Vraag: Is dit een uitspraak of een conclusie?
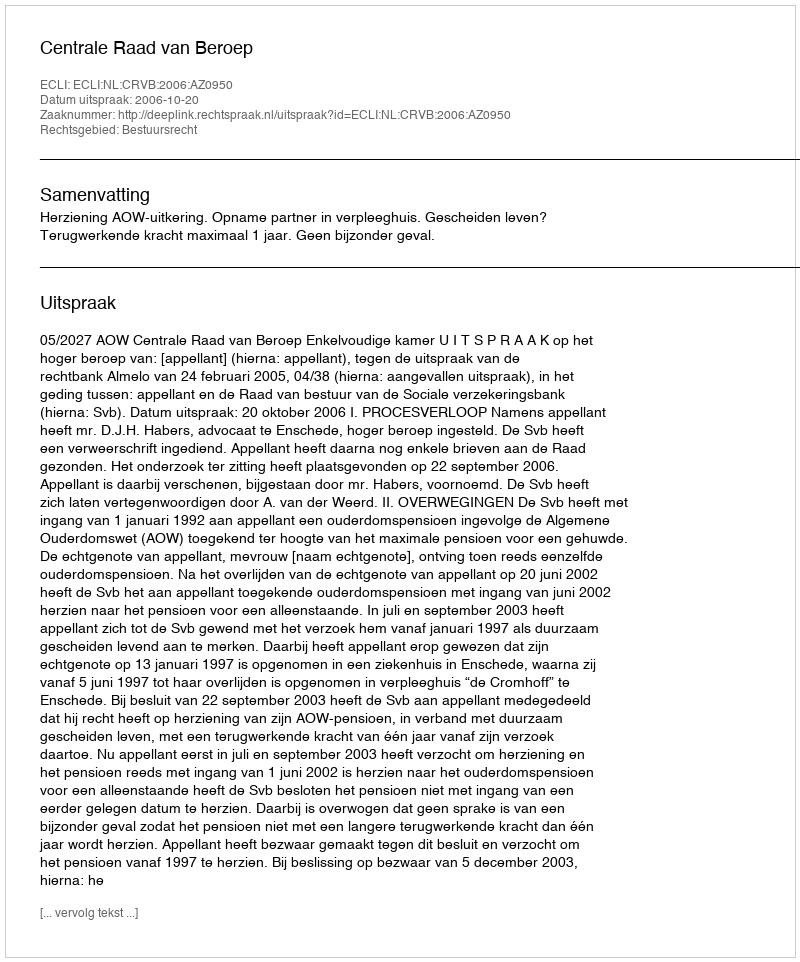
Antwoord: Uitspraak